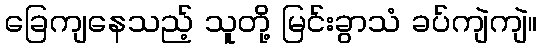
ခြေကျနေသည့် သူတို့ မြင်းခွာသံ ခပ်ကျဲကျဲ။